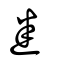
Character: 㡭